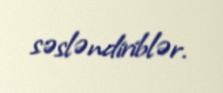
səsləndiriblər.